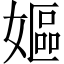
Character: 嫗